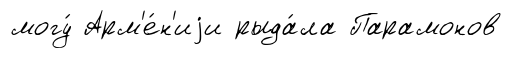
могу́ Арм'е́н'иjи рыда́ла Парамонов